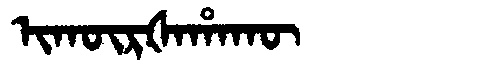
Manchu: ᡳᡴᡡᡵᡧᠠᡥᠠᡴᡡ
Romanization: IKŪRŠAHAKŪ